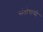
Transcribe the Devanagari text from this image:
संतोषाची